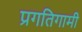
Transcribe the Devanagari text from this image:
प्रगतिगामी